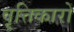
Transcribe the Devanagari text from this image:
वृत्तिकारों